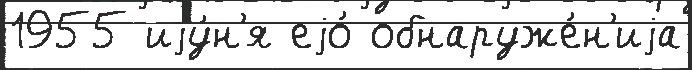
1955 иjу́н'я еjо́ обнаруже́н'иjа